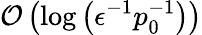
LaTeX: \mathcal{O}\left(\log\left(\epsilon^{-1}p_{0}^{-1}\right)\right)